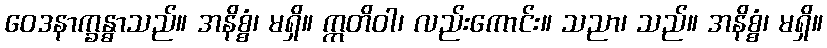
ဝေဒနာက္ခန္ဓာသည်။ အနိစ္စံ၊ မရှိ။ ဣတိဝါ၊ လည်းကောင်း။ သညာ၊ သည်။ အနိစ္စံ၊ မရှိ။